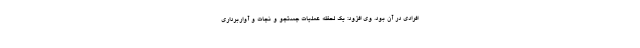
افرادی در آن بود. وی افزود: یک لحظه عملیات جستجو و نجات و آواربرداری